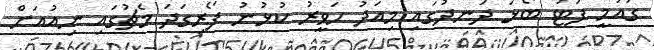
ގައުމީ ފުޓު ބޯޅަ ދަނދުގައި މިއަދު ހަވީރު ކުޅުނު ފޯރިގަދަ މެޗުގައި ނިއުއަށް